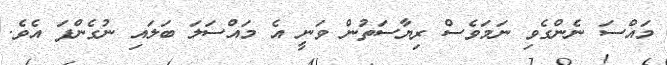
މައްސަ ނެންގެވި ނަމަވެސް ރިޔާސަތުން ވަނީ އެ މައްސަލަ ބަލައި ނުގެންފަ އެވެ.